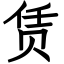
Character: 赁